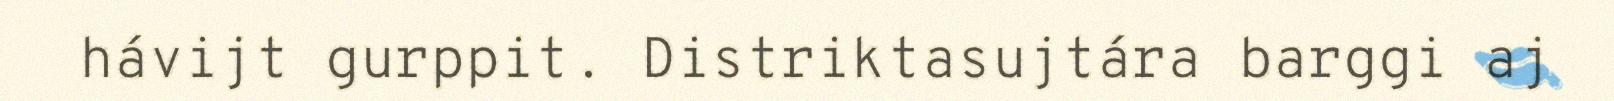
hávijt gurppit. Distriktasujtára barggi aj